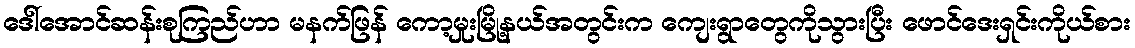
ဒေါ်အောင်ဆန်းစုကြည်ဟာ မနက်ဖြန် ကော့မှုးမြို့နယ်အတွင်းက ကျေးရွာတွေကိုသွားပြီး ဖောင်ဒေးရှင်းကိုယ်စား